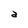
Character: a